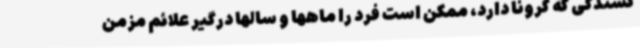
کشندگی که کرونا دارد، ممکن است فرد را ماهها و سالها درگیر علائم مزمن